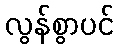
လွန်စွာပင်